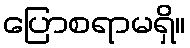
ပြောစရာမရှိ။